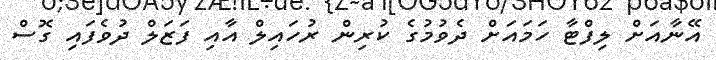
އޭނާއަށް ލިފްޓާ ހަމައަށް ދެވުމުގެ ކުރިން ރުހައިލް އާއި ފަޒަލް ދުވެފައި ގޮސް